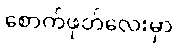
စောက်ဖုတ်လေးမှာ